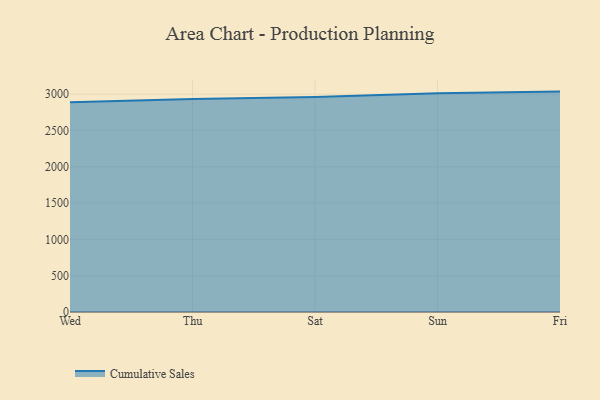
{"axis": {"x": "Day", "y": "Website Visitors"}, "legend": ["Cumulative Sales"], "data": [{"x": "Wed", "y": 2889.6, "type": "Cumulative Sales"}, {"x": "Thu", "y": 2932.7, "type": "Cumulative Sales"}, {"x": "Sat", "y": 2961.1, "type": "Cumulative Sales"}, {"x": "Sun", "y": 3013.3, "type": "Cumulative Sales"}, {"x": "Fri", "y": 3035.2, "type": "Cumulative Sales"}]}